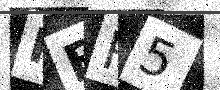
Text: IBR5